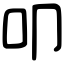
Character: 叩